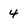
Character: 4